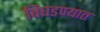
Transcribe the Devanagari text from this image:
बिघडण्यात